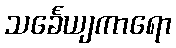
သင်္ခေယျကာရော